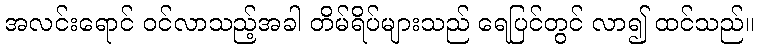
အလင်းရောင် ဝင်လာသည့်အခါ တိမ်ရိပ်များသည် ရေပြင်တွင် လာ၍ ထင်သည်။